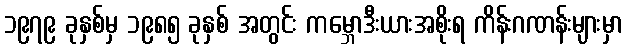
၁၉၇၉ ခုနှစ်မှ ၁၉၈၅ ခုနှစ် အတွင်း ကမ္ဘောဒီးယားအစိုးရ ကိန်းဂဏန်းများမှာ